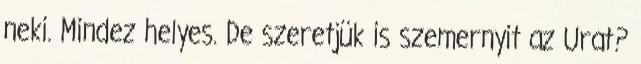
neki. Mindez helyes. De szeretjük is szemernyit az Urat?